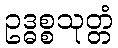
ဥဒ္ဓစ္စသုတ္တံ